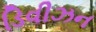
ડિવીઝન